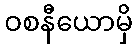
ဝစနီယောမှိ